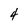
Character: 4